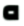
ه